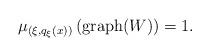
LaTeX: \begin{align*}\mu _{(\xi, q _\xi (x))} \left( \mathrm{graph} ( W ) \right) = 1 .\end{align*}